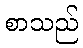
စာသည်